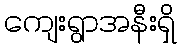
ကျေးရွာအနီးရှိ